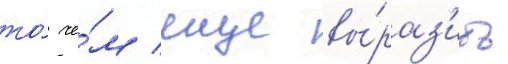
то́ че́м еще вы́раз'ить